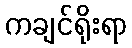
ကချင်ရိုးရာ